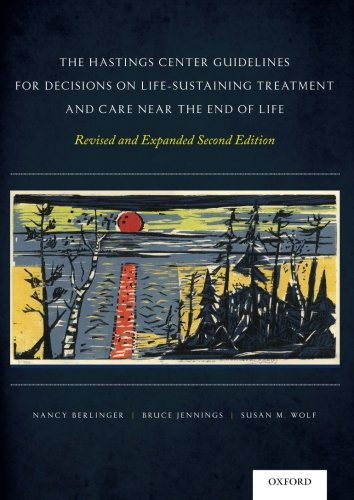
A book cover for The Hastings Center Guidelines for Decisions on Life-Sustaining Treatment and Care Near the End of Life: Revised and Expanded Second Edition; Nancy Berlinger; Medical Books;